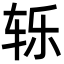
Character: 轹